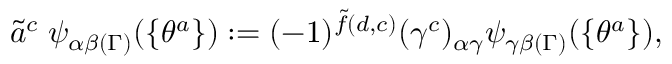
\tilde { a } ^ { c } \; \psi _ { \alpha \beta ( \Gamma ) } ( \{ \theta ^ { a } \} ) : = ( - 1 ) ^ { \tilde { f } ( d , c ) } ( \gamma ^ { c } ) _ { \alpha \gamma } \psi _ { \gamma \beta ( \Gamma ) } ( \{ \theta ^ { a } \} ) ,